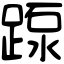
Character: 𨂽